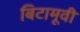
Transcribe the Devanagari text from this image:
बिटामूवी